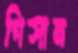
গিসান